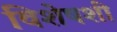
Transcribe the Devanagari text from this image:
विशेषशी